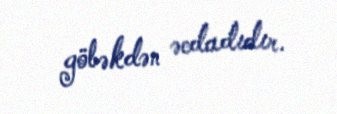
göbəkdən əcdadıdır.